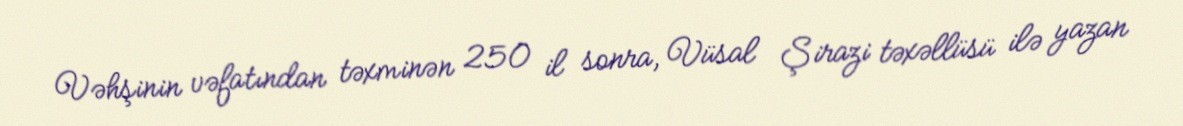
Vəhşinin vəfatından təxminən 250 il sonra, Vüsal Şirazi təxəllüsü ilə yazan